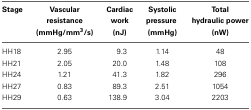
| Stage | Vascular resistance (mmHg/mm3/s) | Cardiac work (nJ) | Systolic pressure (mmHg) | Total hydraulic power (nW) |
 | --- | --- | --- | --- | --- |
 | HH18 | 2.95 | 9.3 | 1.14 | 48 |
 | HH21 | 2.05 | 20.0 | 1.48 | 108 |
 | HH24 | 1.21 | 41.3 | 1.82 | 296 |
 | HH27 | 0.83 | 89.3 | 2.51 | 1054 |
 | HH29 | 0.63 | 138.9 | 3.04 | 2203 |